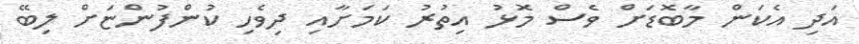
އަދި އެކަން މާބޮޑަށް ވެސް މޮޅު އިތުރު ކަމަށާއި ދިވެހި ކުންފުންޏަށް ލިބޭ